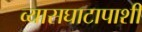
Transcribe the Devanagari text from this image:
व्यासघाटापाशी